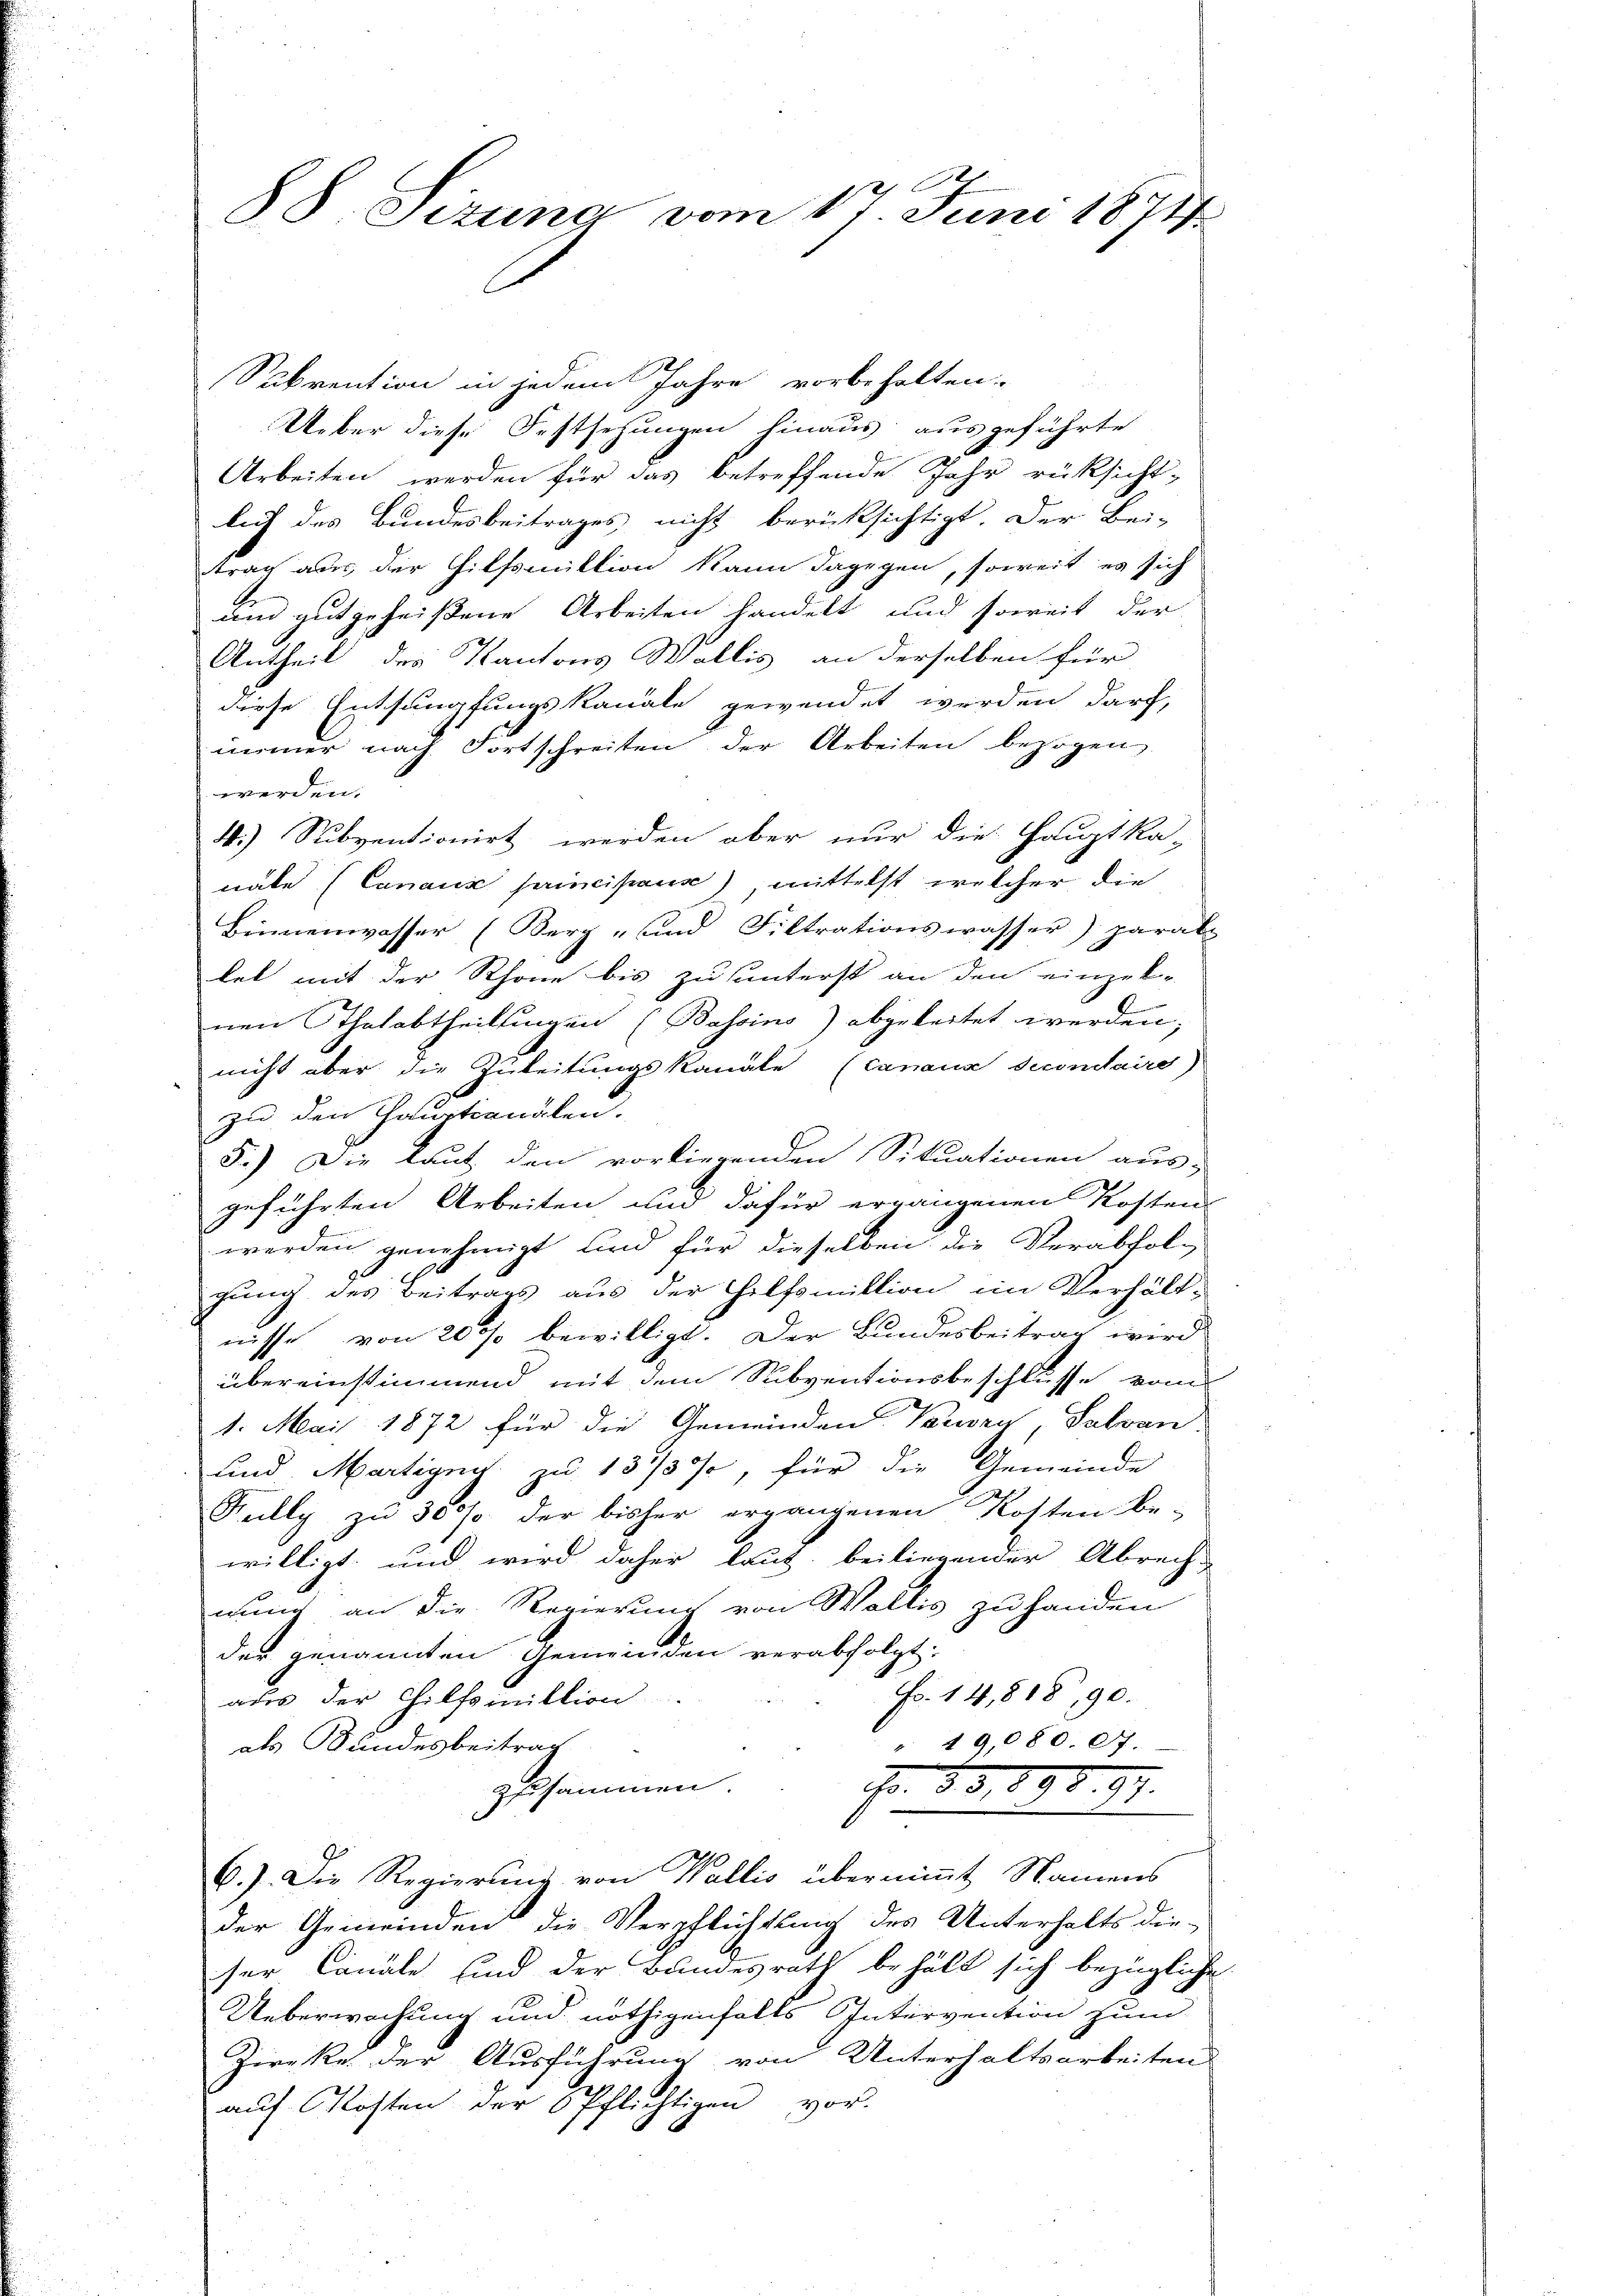
88. Sizung vom 17. Juni 1871

Sakrention in jedem Jahre vorbehalten.
Ueber diese Festsehungen hinaus ausgeführte
Arbeiten werden für das betreffende Jahr rüksichtlich des Bundesbeitrages nicht berücksichtigt. Der Bei-
trag aus der Hilfsmittion kann dagegen, soweit es sich
und gutgeheißene Arbeiten handelt und soweit der
Antheil des Kantons Wallis an derselben für
diese Entsumpfungskanäle gewendet werden darf,
imer nach Fortschreiten der Arbeiten bezogen,
werden.
4.) Subventionirt werden aber nur die Hauptka-
nate (Canaux principaus) mittelst welcher die
Binnenwasser (Berg- und Filtrationswasser) parats
let mit der Rhone bis zu sunterst an den einzel-
r
nen Thalabtheilungen (Bassins) abgeleitet werden,
nicht aber die Zuleitungskanäle (canaux secondaird)
zu den Cautionalen.
5.) Die laut den vorliegenden Situationen aus-
geführten Arbeiten und dafür ergangenen Kosten
werden genehmigt und für dieselben die Verabfol-
gung des Beitrags aus der Hilfsmittion im Verhält-
nisse von 20% bewilligt. Der Bundesbeitrag wird
übereinstimmend mit dem Subventionsbeschlusse vom
1. Mai 1872 für die Gemeinden Tarwry, Salvan
und Martigny zu 13/3 %, für die Gemeinde
Kully zu 30% der bisher ergangenen Kosten be-
willigt; und wird daher laut beiliegender Abrech-
wund an die Regierung von Waltis zu handen
der genannten Gemeinden verabfolgt:
Fr. 14,818, 90.
aus der Hilfsmittion
" 19,080.07.
als Bundesbeitrag
Fr. 83. 898. 97.
zusammen.
6.) Die Regierung von Wallis übernimmt, Namens
der Gemeinden die Verpflichtung des Unterhalts die-
ser Canäle sind der Bundesrath behält sich bezügliche
Ueberwachung und nöthigenfalls Intervention zum
Zircke der Ausführung von Unterhaltsarbeiten
aŭf Kosten der 6 Pflichtigen vor-